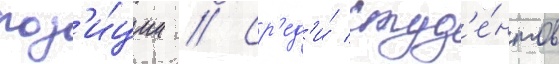
поз'и́ции // Ср'ед'и́ студ'е́нтов